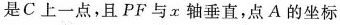
是C上一点，且PF与x轴垂直，点A的坐标